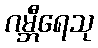
ဂမ္ဘီရေသု